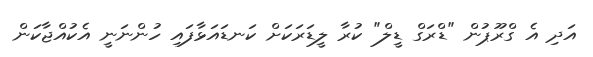
އަދި އެ ގްރޫޕުން "ޑްރަގް ޑީލް" ކުރާ ލީޑަރަކަށް ކަނޑައަޅާފައި ހުންނަނީ އެކުއްޖާކަން